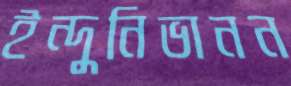
ইন্দুনিভানন